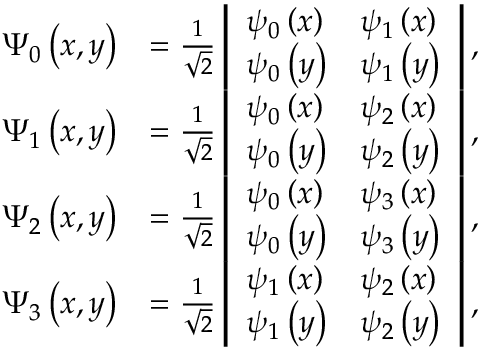
\begin{array} { r l } { \Psi _ { 0 } \left( x , y \right) } & { = \frac { 1 } { \sqrt { 2 } } \left| \begin{array} { l l } { \psi _ { 0 } \left( x \right) } & { \psi _ { 1 } \left( x \right) } \\ { \psi _ { 0 } \left( y \right) } & { \psi _ { 1 } \left( y \right) } \end{array} \right| , } \\ { \Psi _ { 1 } \left( x , y \right) } & { = \frac { 1 } { \sqrt { 2 } } \left| \begin{array} { l l } { \psi _ { 0 } \left( x \right) } & { \psi _ { 2 } \left( x \right) } \\ { \psi _ { 0 } \left( y \right) } & { \psi _ { 2 } \left( y \right) } \end{array} \right| , } \\ { \Psi _ { 2 } \left( x , y \right) } & { = \frac { 1 } { \sqrt { 2 } } \left| \begin{array} { l l } { \psi _ { 0 } \left( x \right) } & { \psi _ { 3 } \left( x \right) } \\ { \psi _ { 0 } \left( y \right) } & { \psi _ { 3 } \left( y \right) } \end{array} \right| , } \\ { \Psi _ { 3 } \left( x , y \right) } & { = \frac { 1 } { \sqrt { 2 } } \left| \begin{array} { l l } { \psi _ { 1 } \left( x \right) } & { \psi _ { 2 } \left( x \right) } \\ { \psi _ { 1 } \left( y \right) } & { \psi _ { 2 } \left( y \right) } \end{array} \right| , } \end{array}